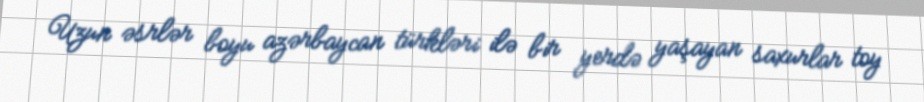
Uzun əsrlər boyu azərbaycan türkləri ilə bir yerdə yaşayan saxurlar toy